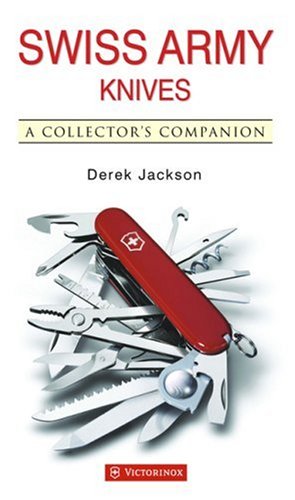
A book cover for Swiss Army Knives:  A Collector's Companion; Derek Jackson; History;